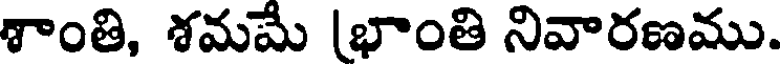
శాంతి, శమమే (భాంతి నివారణము.